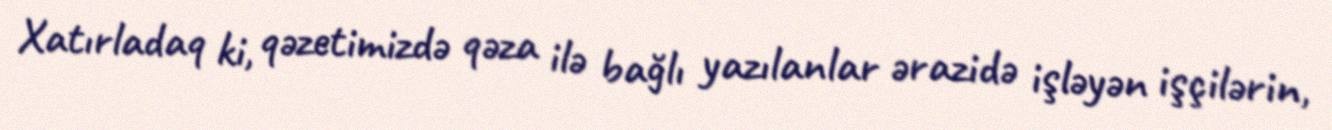
Xatırladaq ki, qəzetimizdə qəza ilə bağlı yazılanlar ərazidə işləyən işçilərin,